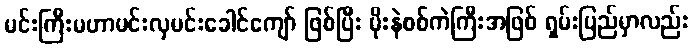
မင်းကြီးမဟာမင်းလှမင်းခေါင်ကျော် ဖြစ်ပြီး မိုးနဲစစ်ကဲကြီးအဖြစ် ရှမ်းပြည်မှာလည်း